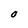
Character: O